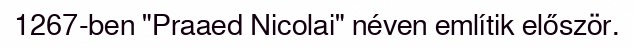
1267-ben "Praaed Nicolai" néven említik először.